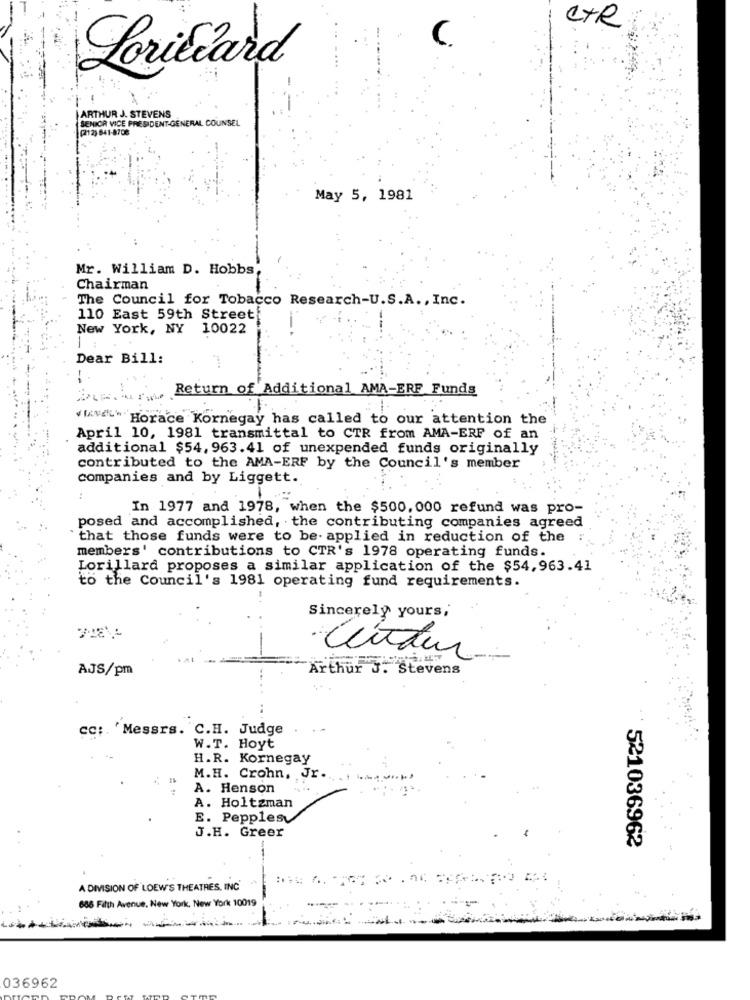
CTR
C.
Lorillard
ARTHUR J. STEVENS
SENIOR VICE PRESIDENT-GENERAL COUNSEL
(212)-841-8708
May 5, 1981
Mr. William D. Hobbs
Chairman
The Council for Tobacco Research-U.S.A ., Inc.
110 East 59th Street
New York, NY 10022
Dear Bill:
Return of Additional AMA-ERF Funds
MAN Horace Kornegay has called to our attention the
April 10, 1981 transmittal to CTR from AMA-ERF of an
additional $54, 963.41 of unexpended funds originally
contributed to the AMA-ERF by the Council's member
companies and by Liggett.
In 1977 and 1978, when the $500, 000 refund was pro-
posed and accomplished, the contributing companies agreed
that those funds were to be applied in reduction of the
members' contributions to CTR's 1978 operating funds.
Lorillard proposes a similar application of the $54,963.41
to the Council's 1981 operating fund requirements.
Sincerely yours,
cúndur-
AJS/pm
Arthur J. Stevens
cc: ' Messrs. C.H. Judge
W.T. Hoyt
H.R. Kornegay
M.H. Crohn, Jr.
A. Henson
A. Holtzman
E. Pepples
J.H. Greer
521036962
t ..
A DIVISION OF LOEW'S THEATRES, INC'
686 Fifth Avenue, New York, New York 10019
036962